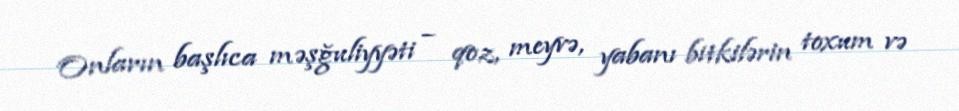
Onların başlıca məşğuliyyəti – qoz, meyvə, yabanı bitkilərin toxum və